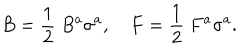
LaTeX: B = \frac { 1 } { 2 } ~ B ^ { a } \sigma ^ { a } , \quad F = \frac { 1 } { 2 } ~ F ^ { a } \sigma ^ { a } .